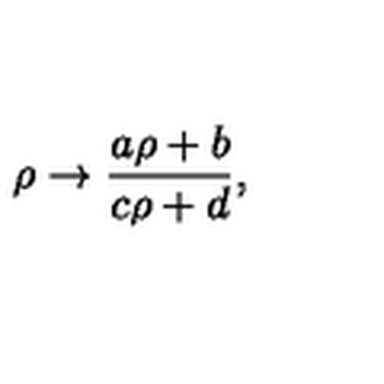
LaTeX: \rho \rightarrow \frac { a \rho + b } { c \rho + d } ,